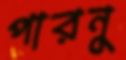
পারনু